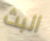
البث